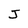
Character: J